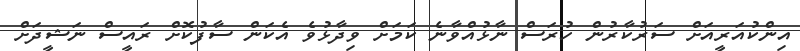
އިންކުއަރީއަށް ސަރުކާރުން ހުރަސް ނާޅުއްވާނެ ކަމަށް ވިދާޅުވެ އެކަން ސާފުކޮށް ރައީސް ނަޝީދަށް